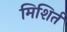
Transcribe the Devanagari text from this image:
मिशिर्त